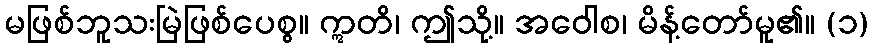
မဖြစ်ဘူသးမြဲဖြစ်ပေစွ။ ဣတိ၊ ဤသို့။ အဝေါစ၊ မိန့်တော်မူ၏။ (၁)